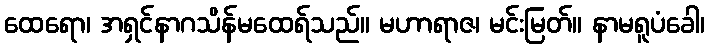
ထေရော၊ အရှင်နာဂသိန်မထေရ်သည်။ မဟာရာဇ၊ မင်းမြတ်။ နာမရူပံခေါ၊